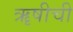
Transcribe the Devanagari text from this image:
ॠषीची